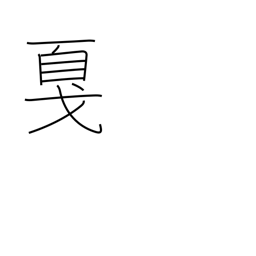
Meaning: halberd